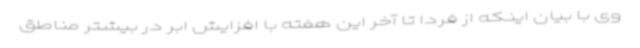
وی با بیان اینکه از فردا تا آخر این هفته با افزایش ابر در بیشتر مناطق